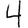
Digit: 4